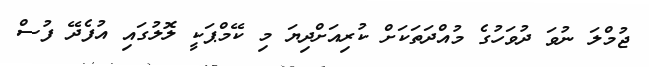
ޖުމްލަ ނުވަ ދުވަހުގެ މުއްދަތަކަށް ކުރިއަށްދިޔަ މި ކޭމްޕަކީ ލޮލުގައި އުފެދޭ ފުސް